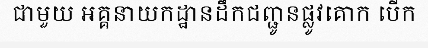
ជាមួយ អគ្គនាយកដ្ឋានដឹកជញ្ជូនផ្លូវគោក បើក